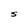
Character: S